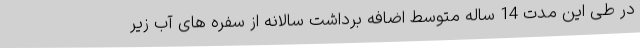
در طی این مدت 14 ساله متوسط اضافه برداشت سالانه از سفره های آب زیر